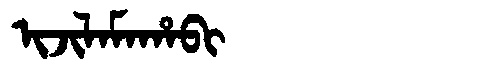
Manchu: ᡳᠵᡳᠯᠠᠮᠠᡥᠠᠪᡳ
Romanization: IJILAMAHABI